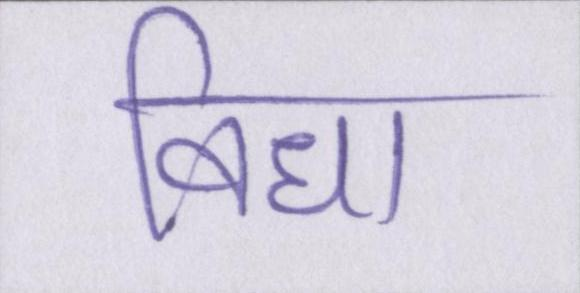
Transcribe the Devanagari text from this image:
विधा